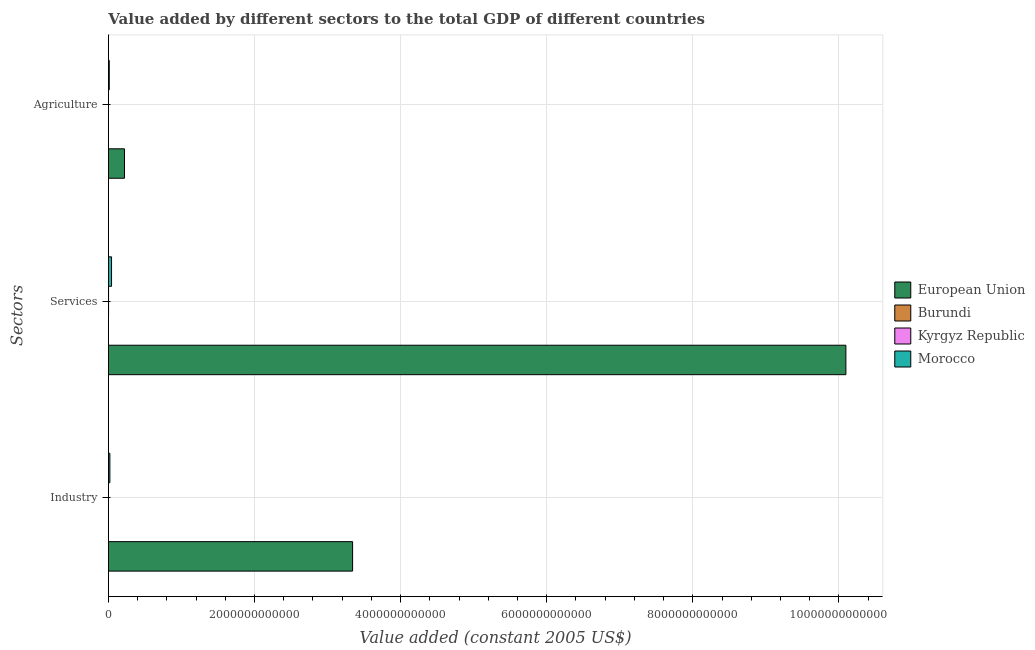
| Sectors | European Union | Burundi | Kyrgyz Republic | Morocco |
 | --- | --- | --- | --- | --- |
 | Industry | 3.34e+12 | 2.58e+08 | 5.54e+08 | 1.97e+10 |
 | Services | 1.01e+13 | 6.34e+08 | 1.81e+09 | 4.26e+10 |
 | Agriculture | 2.2e+11 | 4.95e+08 | 6.89e+08 | 1.14e+10 |